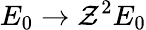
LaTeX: E_{0}\rightarrow\mathcal{Z}^{2}E_{0}